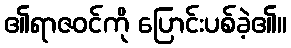
၏ရာဇဝင်ကို ပြောင်းပစ်ခဲ့၏။